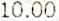
10.00